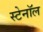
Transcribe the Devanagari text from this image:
स्टेनॉल